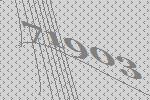
71903